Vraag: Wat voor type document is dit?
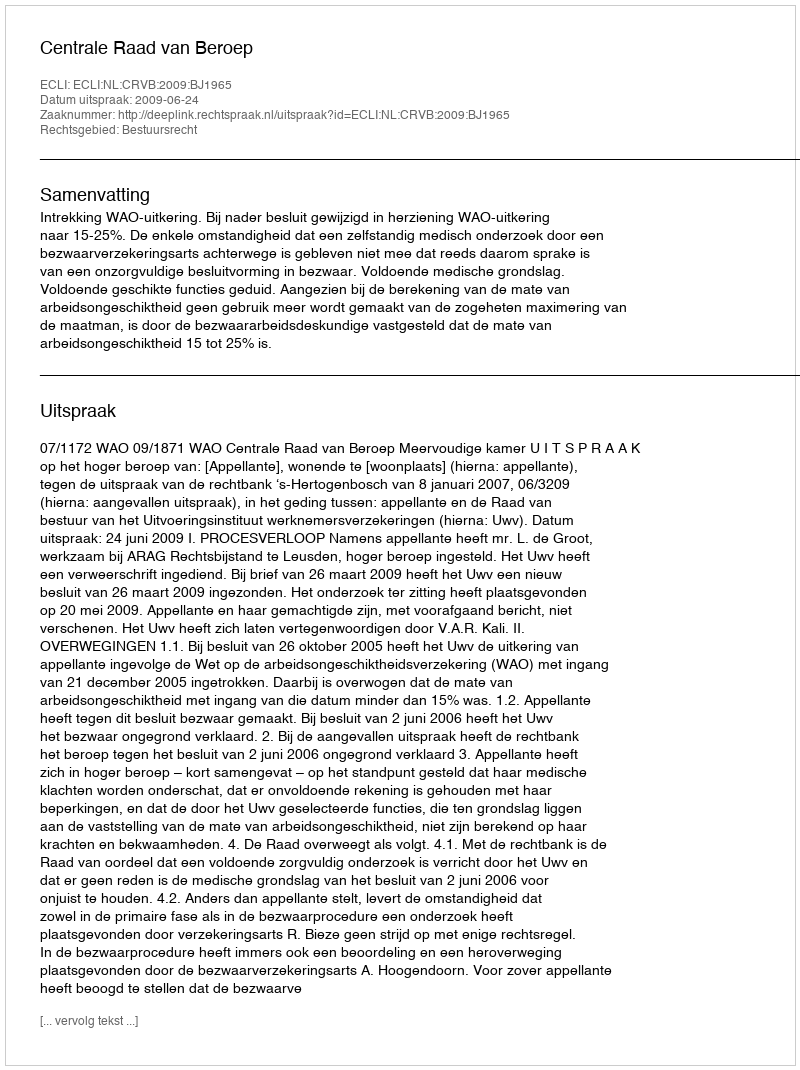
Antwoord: Uitspraak